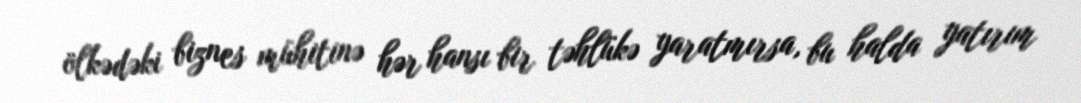
ölkədəki biznes mühitinə hər hansı bir təhlükə yaratmırsa, bu halda yatırım